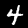
Digit: 4